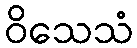
ဝိသေသံ